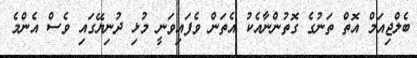
ބެލްޖިއަމް އޮތް ތަނުގެ ގޮތުންނާއެކު އެތަން ވެފައިވަނީ މުޅި ދުނިޔޭގައި ވެސް އެންމެ